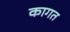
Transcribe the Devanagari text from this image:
कागत